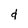
Character: d